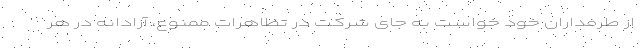
از طرفداران خود خواست به جای شرکت در تظاهرات ممنوع، آزادانه در هر